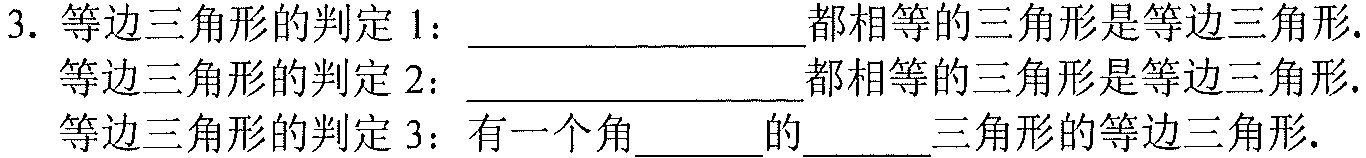
3. 等边三角形的判定1：______________都相等的三角形是等边三角形.
   等边三角形的判定2：______________都相等的三角形是等边三角形.
   等边三角形的判定3：有一个角______的______三角形的等边三角形.